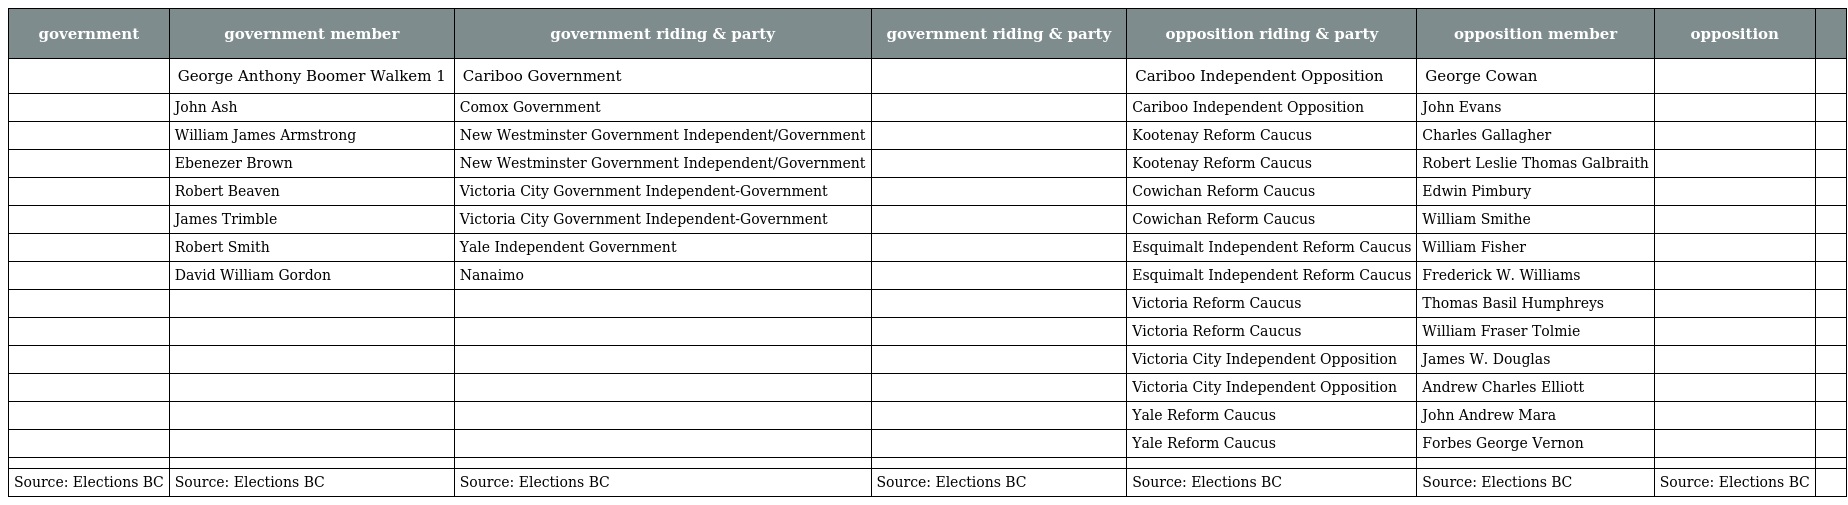
| government | government member | government riding & party | government riding & party | opposition riding & party | opposition member | opposition |  |
 | --- | --- | --- | --- | --- | --- | --- | --- |
 |  | George Anthony Boomer Walkem 1 | Cariboo Government |  | Cariboo Independent Opposition | George Cowan |  |  |
 |  | John Ash | Comox Government |  | Cariboo Independent Opposition | John Evans |  |  |
 |  | William James Armstrong | New Westminster Government Independent/Government |  | Kootenay Reform Caucus | Charles Gallagher |  |  |
 |  | Ebenezer Brown | New Westminster Government Independent/Government |  | Kootenay Reform Caucus | Robert Leslie Thomas Galbraith |  |  |
 |  | Robert Beaven | Victoria City Government Independent-Government |  | Cowichan Reform Caucus | Edwin Pimbury |  |  |
 |  | James Trimble | Victoria City Government Independent-Government |  | Cowichan Reform Caucus | William Smithe |  |  |
 |  | Robert Smith | Yale Independent Government |  | Esquimalt Independent Reform Caucus | William Fisher |  |  |
 |  | David William Gordon | Nanaimo |  | Esquimalt Independent Reform Caucus | Frederick W. Williams |  |  |
 |  |  |  |  | Victoria Reform Caucus | Thomas Basil Humphreys |  |  |
 |  |  |  |  | Victoria Reform Caucus | William Fraser Tolmie |  |  |
 |  |  |  |  | Victoria City Independent Opposition | James W. Douglas |  |  |
 |  |  |  |  | Victoria City Independent Opposition | Andrew Charles Elliott |  |  |
 |  |  |  |  | Yale Reform Caucus | John Andrew Mara |  |  |
 |  |  |  |  | Yale Reform Caucus | Forbes George Vernon |  |  |
 |  |  |  |  |  |  |  |  |
 | Source: Elections BC | Source: Elections BC | Source: Elections BC | Source: Elections BC | Source: Elections BC | Source: Elections BC | Source: Elections BC |  |